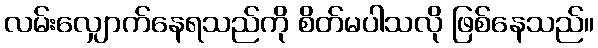
လမ်းလျှောက်နေရသည်ကို စိတ်မပါသလို ဖြစ်နေသည်။